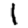
Digit: 1